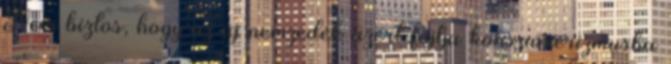
Nem biztos, hogy az új nemzedék azért fojtja konszumerizmusba